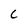
Character: C